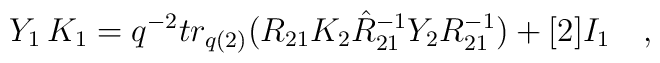
Y_{1}\,K_{1} = q^{-2} tr_{q(2)} (R_{21} K_{2} \hat{R}_{21}^{-1} Y_{2}R_{21}^{-1}) + [2] I_{1}\quad,